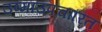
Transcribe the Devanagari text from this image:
उष्माउपचारित